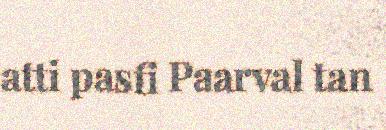
atti pasfi Paarval tan